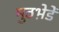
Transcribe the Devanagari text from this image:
मुठभ़ेडें